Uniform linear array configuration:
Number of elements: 16
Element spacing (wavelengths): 0.5
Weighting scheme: uniform
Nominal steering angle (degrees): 45
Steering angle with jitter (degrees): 44.043
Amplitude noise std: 0.05
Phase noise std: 0.05

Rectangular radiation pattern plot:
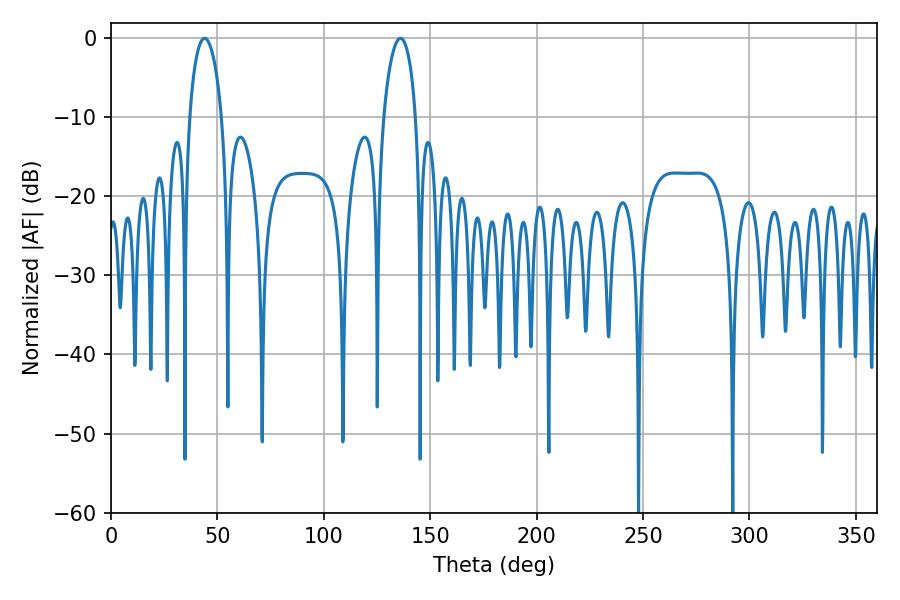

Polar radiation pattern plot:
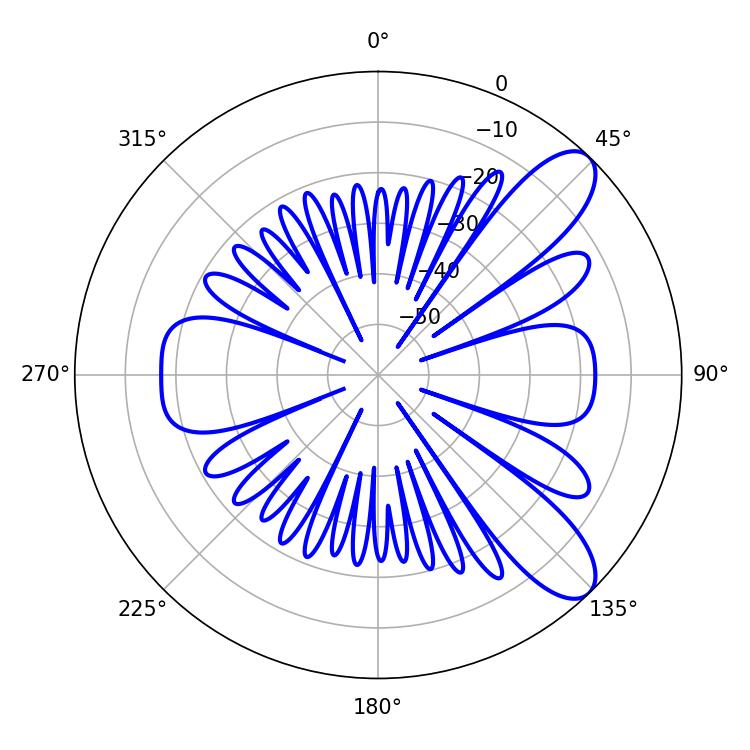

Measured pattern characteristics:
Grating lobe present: FALSE
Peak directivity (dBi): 9.373
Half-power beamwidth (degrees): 8.64
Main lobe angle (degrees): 43.92